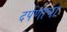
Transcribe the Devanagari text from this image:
दर्पणाचा